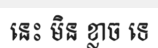
នេះ មិន ខ្លាច ទេ